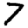
Digit: 7